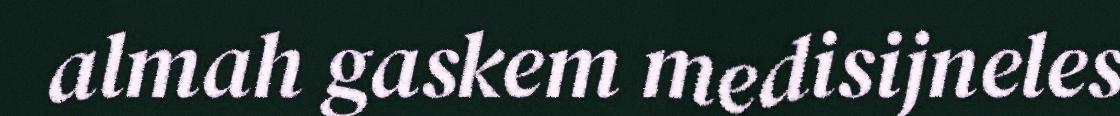
almah gaskem medisijneles